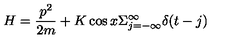
H = \frac { p ^ { 2 } } { 2 m } + K \cos x \Sigma _ { j = - \infty } ^ { \infty } \delta ( t - j )